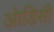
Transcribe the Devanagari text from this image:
आेडिसी